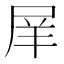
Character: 𡱝